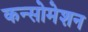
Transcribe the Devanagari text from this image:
कन्सोमेशन